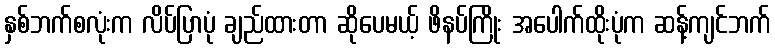
နှစ်ဘက်စလုံးက လိပ်ပြာပုံ ချည်ထားတာ ဆိုပေမယ့် ဖိနပ်ကြိုး အပေါက်ထိုးပုံက ဆန့်ကျင်ဘက်